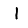
Digit: 1